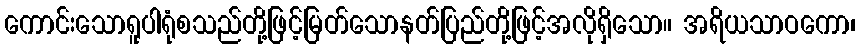
ကောင်းသောရူပါရုံစသည်တို့ဖြင့်မြတ်သောနတ်ပြည်တို့ဖြင့်အလိုရှိသော။ အရိယသာဝကော၊